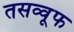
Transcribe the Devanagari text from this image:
तसव्वूफ